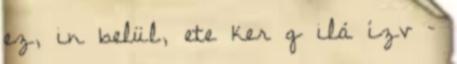
ez, in belül, ete ker g ilá ízv –